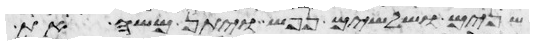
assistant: שנים ושלשים נפש ויתן משה את